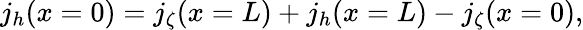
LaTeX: j_{h}(x=0)=j_{\zeta}(x=L)+j_{h}(x=L)-j_{\zeta}(x=0),